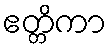
ဧတ္တိကာ